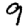
Digit: 9